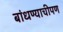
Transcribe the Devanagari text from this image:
बांधण्याचीपण